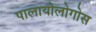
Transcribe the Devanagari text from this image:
पालायोलोगोस